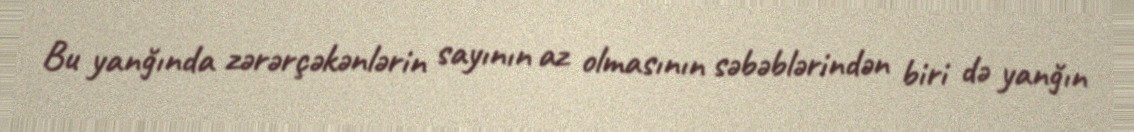
Bu yanğında zərərçəkənlərin sayının az olmasının səbəblərindən biri də yanğın